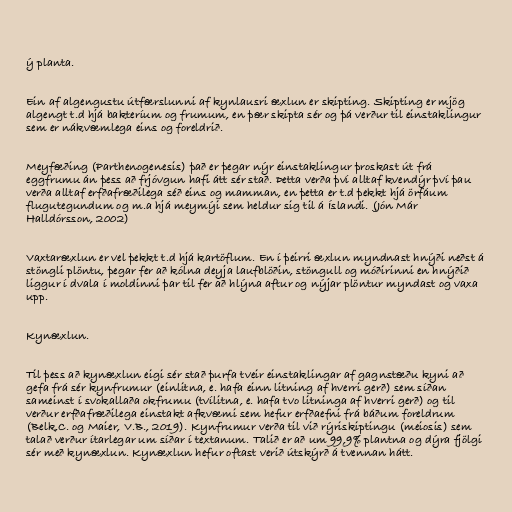
ý planta.

Ein af algengustu útfærslunni af kynlausri æxlun er skipting. Skipting er mjög
algengt t.d hjá bakteríum og frumum, en þær skipta sér og þá verður til einstaklingur
sem er nákvæmlega eins og foreldrið.

Meyfæðing (Parthenogenesis) það er þegar nýr einstaklingur þroskast út frá
eggfrumu án þess að frjóvgun hafi átt sér stað. Þetta verða því alltaf kvendýr því þau
verða alltaf erfðafræðilega séð eins og mamman, en þetta er t.d þekkt hjá örfáum
flugutegundum og m.a hjá meymýi sem heldur sig til á Íslandi. (Jón Már
Halldórsson, 2002)

Vaxtaræxlun er vel þekkt t.d hjá kartöflum. En í þeirri æxlun myndnast hnýði neðst á
stöngli plöntu, þegar fer að kólna deyja laufblöðin, stöngull og móðirinni en hnýðið
liggur í dvala í moldinni þar til fer að hlýna aftur og nýjar plöntur myndast og vaxa
upp.

Kynæxlun.

Til þess að kynæxlun eigi sér stað þurfa tveir einstaklingar af gagnstæðu kyni að
gefa frá sér kynfrumur (einlitna, e. hafa einn litning af hverri gerð) sem síðan
sameinst í svokallaða okfrumu (tvílitna, e. hafa tvo litninga af hverri gerð) og til
verður erfðafræðilega einstakt afkvæmi sem hefur erfðaefni frá báðum foreldrum
(Belk,C. og Maier, V.B., 2019). Kynfrumur verða til við rýriskiptingu (meiosis) sem
talað verður ítarlegar um síðar í textanum. Talið er að um 99,9% plantna og dýra fjölgi
sér með kynæxlun. Kynæxlun hefur oftast verið útskýrð á tvennan hátt.